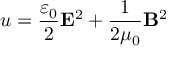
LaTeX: u = { \frac { \varepsilon _ { 0 } } { 2 } } \mathbf { E } ^ { 2 } + { \frac { 1 } { 2 \mu _ { 0 } } } \mathbf { B } ^ { 2 }